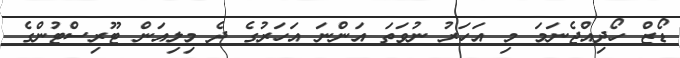
ޑޯޒް ހޯދިއްޖެނަމަ މި އަހަރު ނުވަތަ އަންނަ އަހަރުގެ ދެ މިލިއަން ޓޫރިސްޓުންގެ